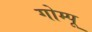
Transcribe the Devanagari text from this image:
गोम्‍पू